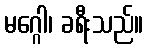
မဂ္ဂေါ၊ ခရီးသည်။